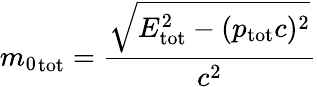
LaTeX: {m_{0}}_{\mathrm{tot}}={\frac{\sqrt{E_{\mathrm{tot}}^{2}-(p_{\mathrm{tot}}c)^{2}}}{c^{2}}}